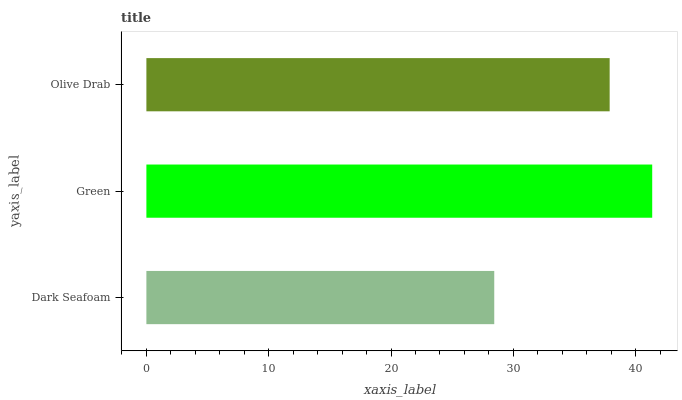
| yaxis_label | bars |
 | --- | --- |
 | Dark Seafoam | 28.4 |
 | Green | 41.4 |
 | Olive Drab | 37.9 |